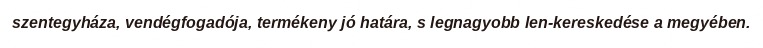
szentegyháza, vendégfogadója, termékeny jó határa, s legnagyobb len-kereskedése a megyében.